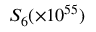
S _ { 6 } ( \times 1 0 ^ { 5 5 } )